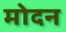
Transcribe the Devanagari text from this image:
मोदन